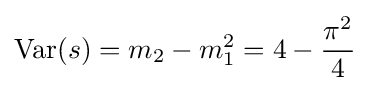
\operatorname {Var} (s)=m_{2}-m_{1}^{2}=4-{\frac {\pi ^{2}}{4}}